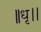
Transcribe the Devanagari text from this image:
॥धृ।।